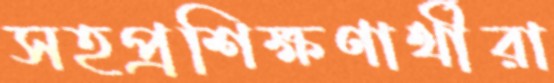
সহপ্রশিক্ষণার্থীরা